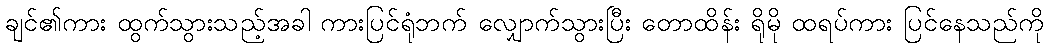
ချင်၏ကား ထွက်သွားသည့်အခါ ကားပြင်ရုံဘက် လျှောက်သွားပြီး တောထိန်း ရိုမို ထရပ်ကား ပြင်နေသည်ကို